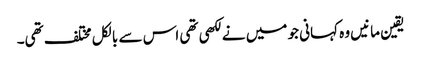
یقین مانیں وہ کہانی جو میں نے لکھی تھی اس سے بالکل مختلف تھی۔